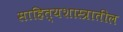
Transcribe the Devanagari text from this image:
साहित्यशास्त्रातील